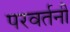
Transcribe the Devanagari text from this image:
परवर्तनी